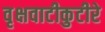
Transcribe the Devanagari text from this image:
वृक्षवाटीकुटीरे